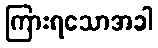
ကြားရသောအခါ